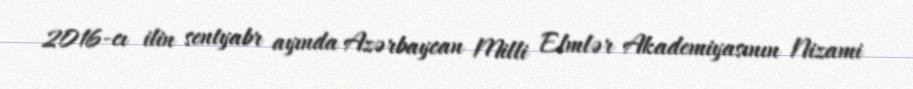
2016-cı ilin sentyabr ayında Azərbaycan Milli Elmlər Akademiyasının Nizami